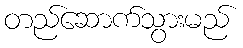
တည်ဆောက်သွားမည်